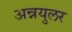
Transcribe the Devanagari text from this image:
अन्नयुलर